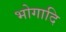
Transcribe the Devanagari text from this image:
भोगादि